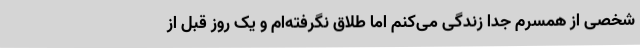
شخصی از همسرم جدا زندگی می‌کنم اما طلاق نگرفته‌ام و یک روز قبل از